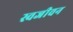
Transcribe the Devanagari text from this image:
स्वजीवन